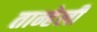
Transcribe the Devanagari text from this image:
तान्हेली